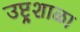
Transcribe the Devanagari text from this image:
उष्ट्र्शाळा